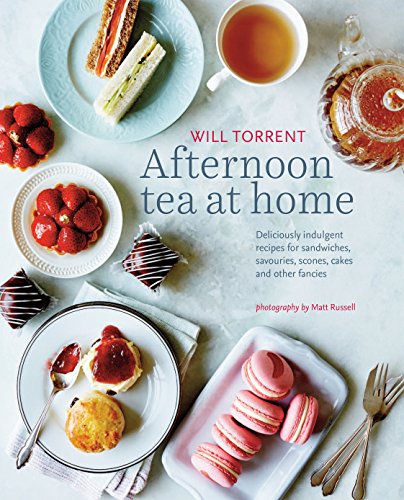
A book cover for Afternoon Tea at Home: Deliciously indulgent recipes for sandwiches, savories, scones, cakes and other fancies; Will Torrent; Cookbooks, Food & Wine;